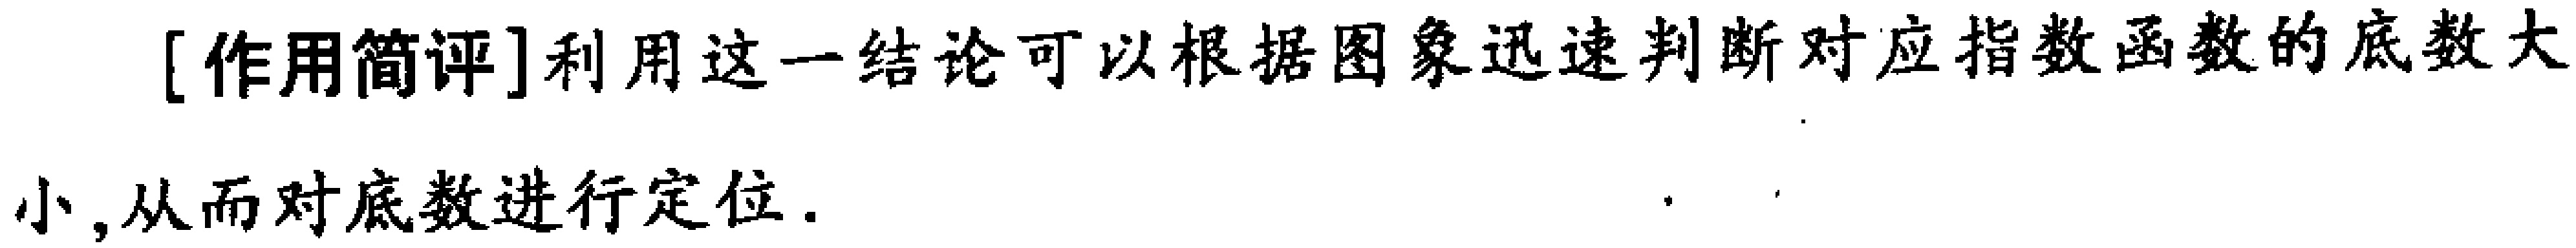
[作用简评]利用这一结论可以根据图象迅速判断对应指数函数的底数大

小,从而对底数进行定位.